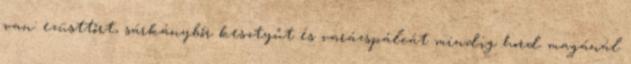
van: ezüsttőrt, sárkánybőr kesztyűt és varázspálcát mindig hord magánál